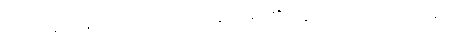
ဝေါဟာရမျှဖြင့်။ ဝေါဟရေယျ၊ ခေါ်ဝေါ်ရာ၏။ ဣတိ၊ ဤသို့။ (အဝေါစ၊